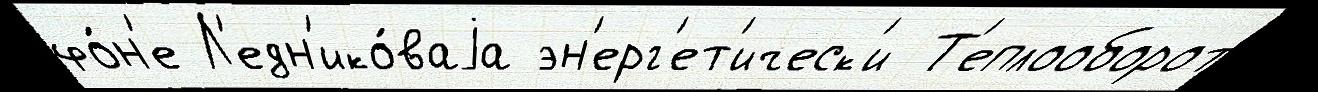
фо́н'е Л'едн'ико́ваjа эн'ерг'ет'ическ'и Т'еплооборот